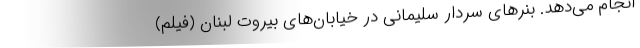
انجام می‌دهد. بنر‌های سردار سلیمانی در خیابان‌های بیروت لبنان (فیلم)